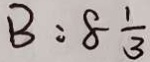
B = 8 \frac { 1 } { 3 }